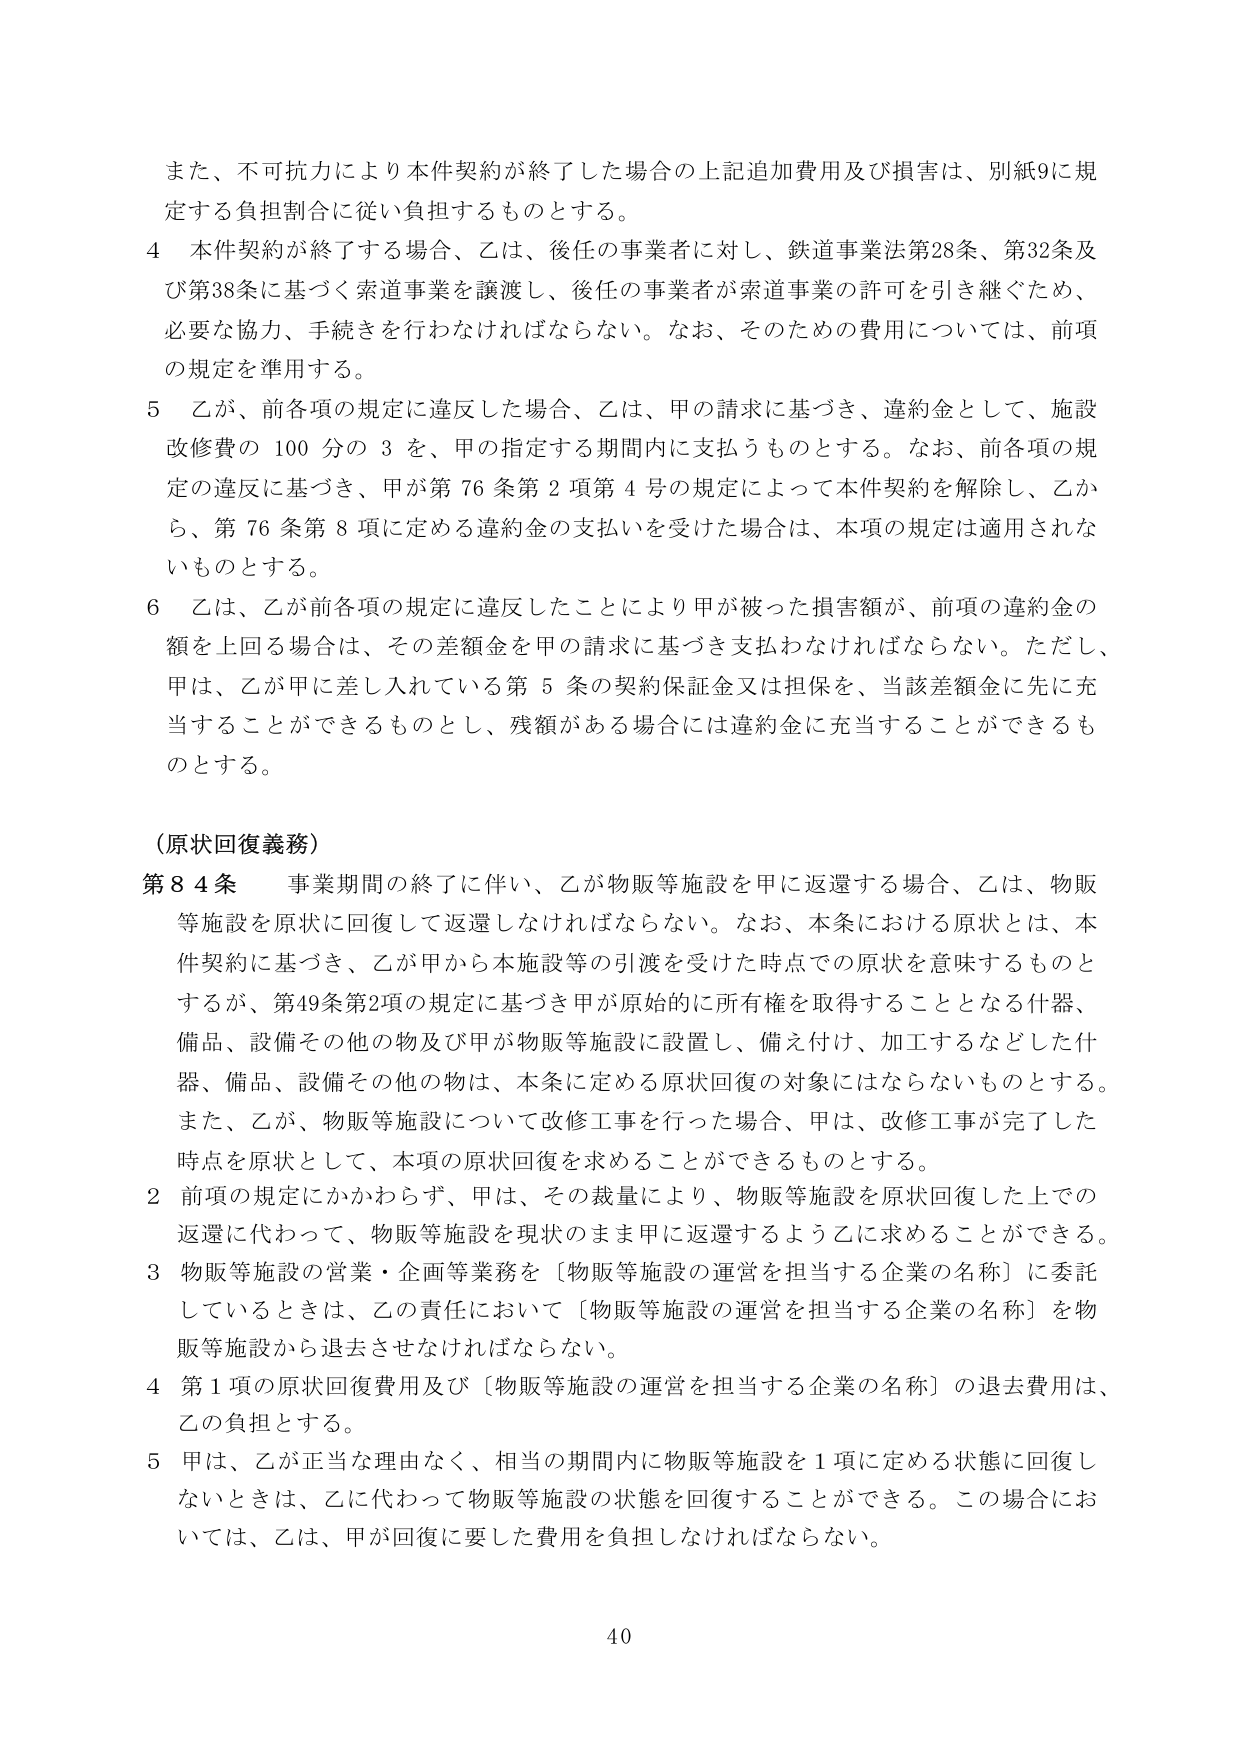
また、不可抗力により本件契約が終了した場合の上記追加費用及び損害は、別紙9に規定する負担割合に従い負担するものとする。

4 本件契約が終了する場合、乙は、後任の事業者に対し、鉄道事業法第28条、第32条及び第38条に基づく索道事業を譲渡し、後任の事業者が索道事業の許可を引き継ぐため、必要な協力、手続きを行わなければならない。なお、そのための費用については、前項の規定を準用する。

5 乙が、前各項の規定に違反した場合、乙は、甲の請求に基づき、違約金として、施設改修費の100分の3を、甲の指定する期間内に支払うものとする。なお、前各項の規定の違反に基づき、甲が第76条第2項第4号の規定によって本件契約を解除し、乙から、第76条第8項に定める違約金の支払いを受けた場合は、本項の規定は適用されないものとする。

6 乙は、乙が前各項の規定に違反したことにより甲が被った損害額が、前項の違約金の額を上回る場合は、その差額金を甲の請求に基づき支払わなければならない。ただし、甲は、乙が甲に差し入れている第5条の契約保証金又は担保を、当該差額金に先に充当することができるものとし、残額がある場合には違約金に充当することができるものとする。

（原状回復義務）

第84条 事業期間の終了に伴い、乙が物販等施設を甲に返還する場合、乙は、物販等施設を原状に回復して返還しなければならない。なお、本条における原状とは、本件契約に基づき、乙が甲から本施設等の引渡を受けた時点での原状を意味するものとするが、第49条第2項の規定に基づき甲が原始的に所有権を取得することとなる什器、備品、設備その他の物及び甲が物販等施設に設置し、備え付け、加工するなどした什器、備品、設備その他の物は、本条に定める原状回復の対象にはならないものとする。また、乙が、物販等施設について改修工事を行った場合、甲は、改修工事が完了した時点を原状として、本項の原状回復を求めることができるものとする。

2 前項の規定にかかわらず、甲は、その裁量により、物販等施設を原状回復した上での返還に代わって、物販等施設を現状のまま甲に返還するよう乙に求めることができる。

3 物販等施設の営業・企画等業務を［物販等施設の運営を担当する企業の名称］に委託しているときは、乙の責任において［物販等施設の運営を担当する企業の名称］を物販等施設から退去させなければならない。

4 第1項の原状回復費用及び［物販等施設の運営を担当する企業の名称］の退去費用は、乙の負担とする。

5 甲は、乙が正当な理由なく、相当の期間内に物販等施設を1項に定める状態に回復しないときは、乙に代わって物販等施設の状態を回復することができる。この場合においては、乙は、甲が回復に要した費用を負担しなければならない。

40